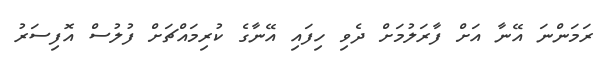
ރަމަންނަ އޭނާ އަށް ފާރަލުމަށް ދެވި ހިފައި އޭނާގެ ކުރިމައްޗަށް ފުލުސް އޮފިސަރު